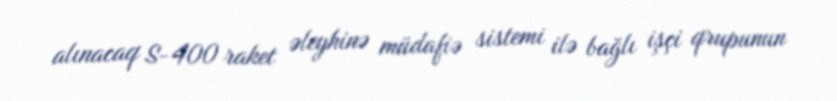
alınacaq S-400 raket əleyhinə müdafiə sistemi ilə bağlı işçi qrupunun